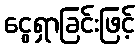
ငွေရှာခြင်းဖြင့်